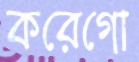
করেগো